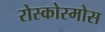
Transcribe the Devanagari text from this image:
रोस्कोस्मोस